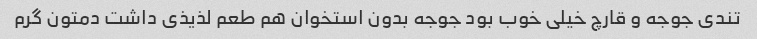
تندی جوجه و قارچ خیلی خوب بود جوجه بدون استخوان هم طعم لذیذی داشت دمتون گرم